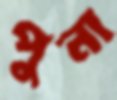
পুনা